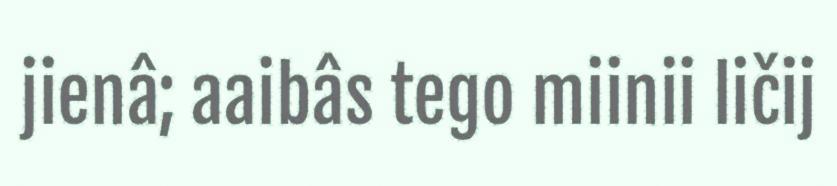
jienâ; aaibâs tego miinii ličij